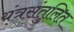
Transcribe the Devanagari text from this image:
यंत्रसंतुलित